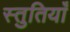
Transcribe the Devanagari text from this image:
स्‍तुतियाँ